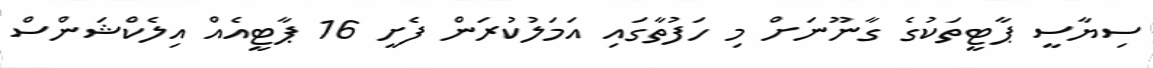
ސިޔާސީ ޕާޓީތަކުގެ ގާނޫނަށް މި ހަފުތާގައި އަމަލުކުރަން ފެށީ 16 ޕާޓީއެއް އިލެކްޝަންސް